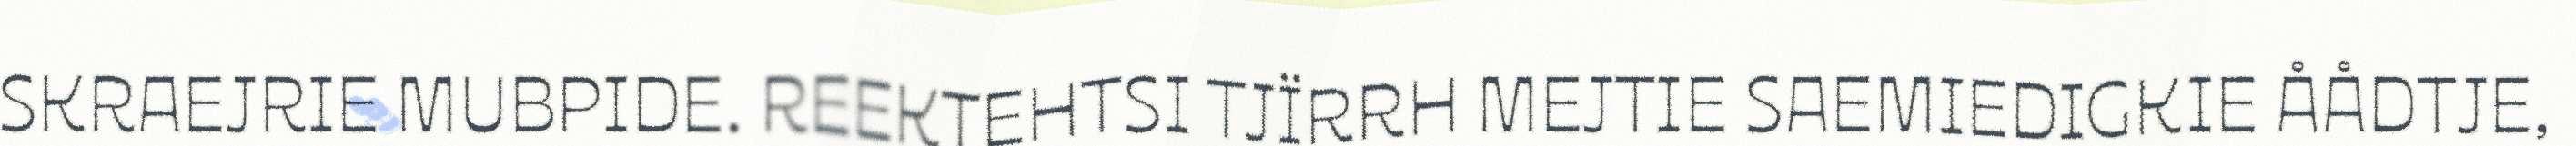
SKRAEJRIE MUBPIDE. REEKTEHTSI TJÏRRH MEJTIE SAEMIEDIGKIE ÅÅDTJE,